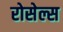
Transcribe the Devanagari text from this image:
रोसेल्स